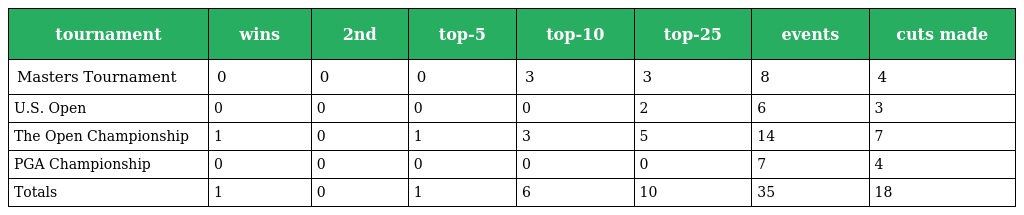
| tournament | wins | 2nd | top-5 | top-10 | top-25 | events | cuts made |
 | --- | --- | --- | --- | --- | --- | --- | --- |
 | Masters Tournament | 0 | 0 | 0 | 3 | 3 | 8 | 4 |
 | U.S. Open | 0 | 0 | 0 | 0 | 2 | 6 | 3 |
 | The Open Championship | 1 | 0 | 1 | 3 | 5 | 14 | 7 |
 | PGA Championship | 0 | 0 | 0 | 0 | 0 | 7 | 4 |
 | Totals | 1 | 0 | 1 | 6 | 10 | 35 | 18 |